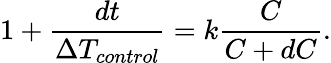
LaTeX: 1+\frac{dt}{\Delta T_{control}}=k\frac{C}{C+dC}.